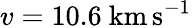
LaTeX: v=10.6~\mathrm{km}\, \mathrm{s}^{-1}